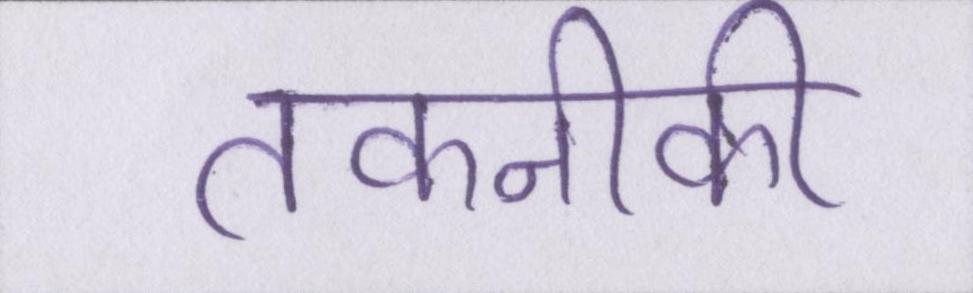
तकनीकी